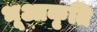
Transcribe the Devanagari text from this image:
भूआकृति